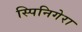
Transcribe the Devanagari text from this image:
स्पिनिगेरा